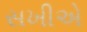
સખીએ